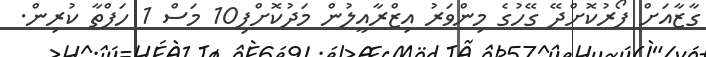
ގާޒާއަށް ފޯރުކޮށްދޭ ގޭހުގެ މިންވަރު އިޒްރާއީލުން މަދުކޮށްފި10 މަސް 1 ހަފްތާ ކުރިން.